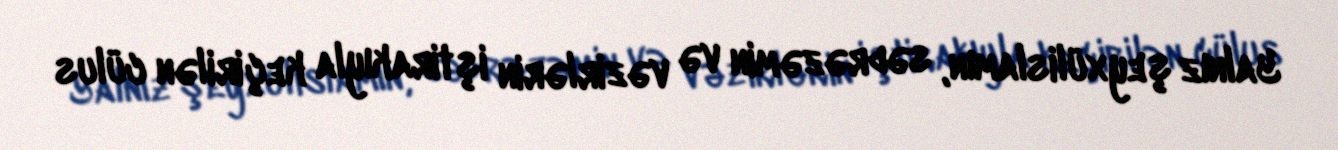
Yalnız şeyxülislamın, sədrəzəmin və vəzirlərin iştirakıyla keçirilən cülus